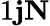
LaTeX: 1\le j\le N